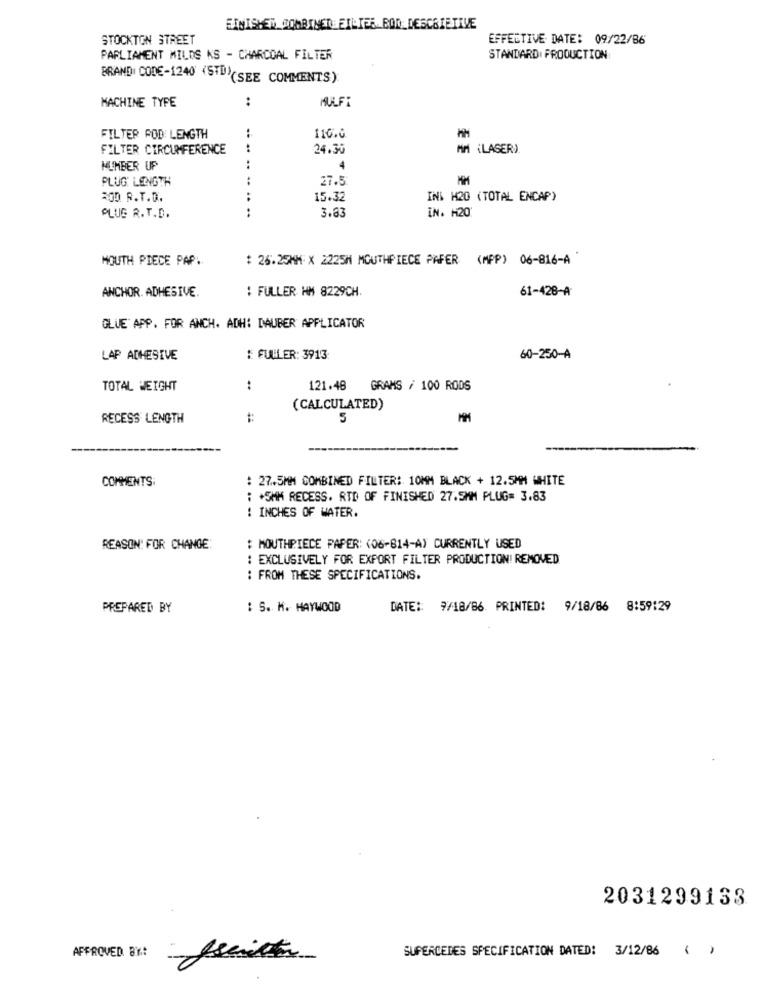
FINISHED COMBINED: FILTER BOR_DESCRIETIVE
STOCKTON STREET
EFFECTIVE DATE: 09/22/86
PARLIAMENT MILOS KS - CHARCOAL FILTER
STANDARD PRODUCTION
BRAND CODE-1240 (STD)(SEE COMMENTS):
MACHINE TYPE
..
MULFİ
FILTER POD: LENGTH
116.0
FILTER CIRCUMFERENCE
.. ..
24.30
MM (LASER)
NUMBER UP
4
PLUG LENGTH
27.5
MM
ROD R.T.D.
15.32
INI H20 (TOTAL ENCAP)
.. ....
3.83
IN. H20:
PLUG R.T.D.
MOUTH PIECE PAP.
: 26.25MM X 2225M MOUTHPIECE PÅFER (MPP) 06-816-A
ANCHOR. ADHESIVE.
: FULLER HM 8229CH.
61-428-A
GLUE APP. FOR ANCH. ADH: DAUBER APPLICATOR
LAP ADHESIVE
E FULLER: 3913:
60-250-A
TOTAL WEIGHT
:
121.48 GRAMS / 100 RODS
(CALCULATED)
RECESS LENGTH
5
COMMENTS:
: 27.5MM COMBINED FILTER: 10MM BLACK + 12.5MM WHITE
: +5MM RECESS. RID OF FINISHED 27.5MM PLUG= 3.83
: INCHES OF WATER.
REASON: FOR CHANGE:
: MOUTHPIECE PAPER: (06-814-A) CURRENTLY USED
: EXCLUSIVELY FOR EXPORT FILTER PRODUCTION! REMOVED
: FROM THESE SPECIFICATIONS.
PREPARED BY
: S. M. HAYWOOD
DATE :: 9/18/86 PRINTED: 9/18/86 8:59:29
2031299133
APPROVED BY:
SUPERCEDES SPECIFICATION DATED: 3/12/86 ( )